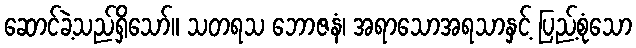
ဆောင်ခဲ့သည်ရှိသော်။ သတရသ ဘောဇနံ၊ အရာသောအရသာနှင့် ပြည့်စုံသော